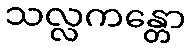
သလ္လကန္တော